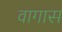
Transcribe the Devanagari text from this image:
वागास